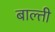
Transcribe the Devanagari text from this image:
बाल्ती